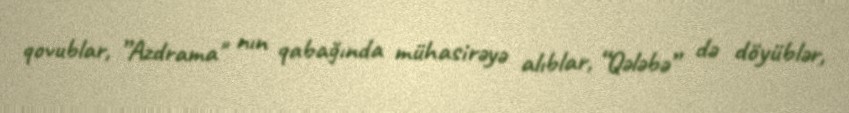
qovublar, ”Azdrama" nın qabağında mühasirəyə alıblar, “Qələbə” də döyüblər,